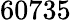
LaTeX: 60735